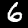
Label: 6